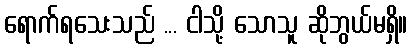
ရောက်ရသေးသည် ... ငါသို့ သောသူ ဆိုဘွယ်မရှိ။